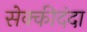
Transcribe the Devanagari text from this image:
सेक्कीदंदा